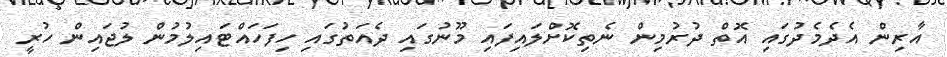
އާރިން އެދެމެދުގައި އޮތް ދުރުމިން ނެތިކޮށްލައިފައި މޫނުގައި ދެއަތުގައި ހިފަހައްޓައިލުމުން ލުޖައިން ހުރީ